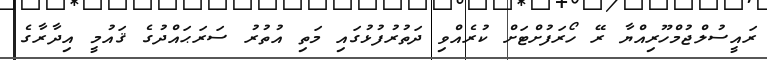
ރައީސުލްޖުމްހޫރިއްޔާ ރޭ ހޯރަފުށްޓަށް ކުރެއްވި ދަތުރުފުޅުގައި މަތި އުތުރު ސަރަޙައްދުގެ ޤައުމީ އިދާރާގެ